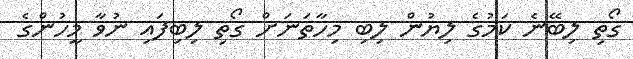
ގޯތި ލިބޭނެ ކަމުގެ ލިޔުން ލިބި މިހާތަނަށް ގޯތި ލިބިފައި ނުވާ މީހުންގެ